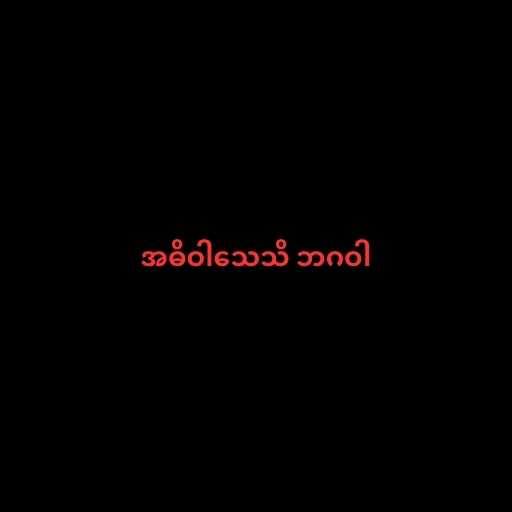
အဓိဝါသေသိ ဘဂဝါ